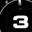
Digit: 3